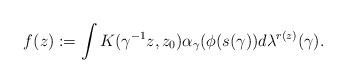
LaTeX: \begin{align*} f(z):= \int K(\gamma^{-1}z,z_{0})\alpha_{\gamma}(\phi(s(\gamma)) d\lambda^{r(z)}(\gamma). \end{align*}